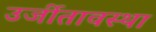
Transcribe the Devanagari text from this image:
उर्जीतावस्था